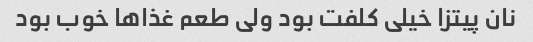
نان پیتزا خیلی کلفت بود ولی طعم غذاها خوب بود